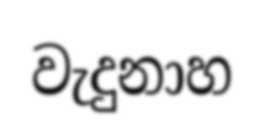
වැදුනාහ